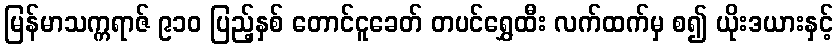
မြန်မာသက္ကရာဇ် ၉၁၀ ပြည့်နှစ် တောင်ငူခေတ် တပင်ရွှေထီး လက်ထက်မှ စ၍ ယိုးဒယားနှင့်